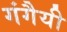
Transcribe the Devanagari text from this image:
गंगैयी